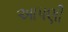
આપણી